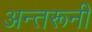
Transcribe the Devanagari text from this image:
अन्तरूनी